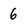
Character: 6